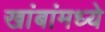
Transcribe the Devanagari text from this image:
खांबांमध्ये